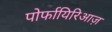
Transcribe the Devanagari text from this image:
पोर्फायिरिआज़